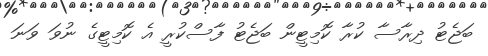
ބަޖެޓު ދިިރާސާ ކުރާ ކޮމިޓީން ބަޖެޓު ފާސްކުރީ އެ ކޮމިޓީގެ ނުވަ ވަނަ